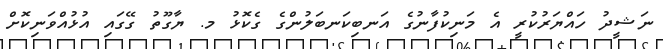
ނަޝީދު ހައްޔަރުކުރީ އެ މަނިކުފާނުގެ އަނބިކަނބަލުންގެ ގެކޮޅު މ. ޔާގޫތު ގޭގައި އުޅުއްވަނިކޮށް